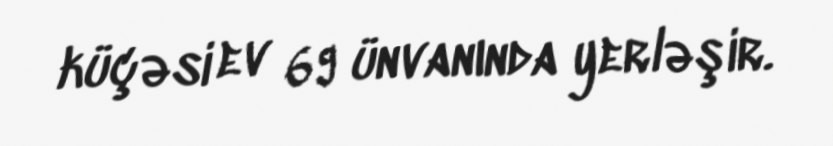
küçəsi ev 69 ünvanında yerləşir.